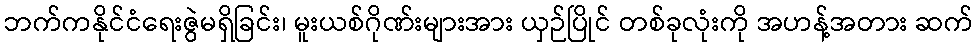
ဘက်ကနိုင်ငံရေးဇွဲမရှိခြင်း၊ မူးယစ်ဂိုဏ်းများအား ယှဉ်ပြိုင် တစ်ခုလုံးကို အဟန့်အတား ဆက်